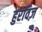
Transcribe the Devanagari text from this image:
हुरविज़